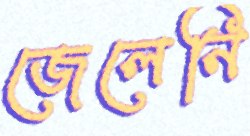
জেলেনি